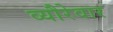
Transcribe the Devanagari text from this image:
व्यौरेवार